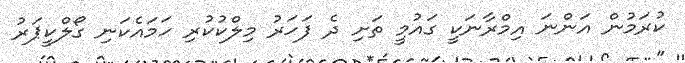
ކުރަމުން އަންނަ އިމްރާނަކީ ގައުމީ ތަށި ދެ ފަހަރު މިލްކުކުރި ހަމައެކަނި ގޯލްކީޕަރު